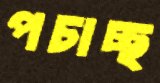
পচাচ্ছ